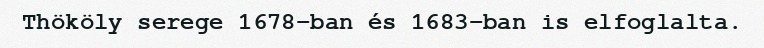
Thököly serege 1678-ban és 1683-ban is elfoglalta.